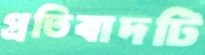
প্রতিবাদটি